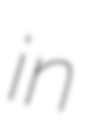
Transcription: in